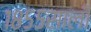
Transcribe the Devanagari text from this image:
१८५५साली